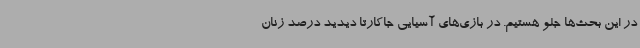
در این بحث‌ها جلو هستیم. در بازی‌های آسیایی جاکارتا دیدید درصد زنان